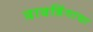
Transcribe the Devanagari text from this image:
वावडिंगाचा